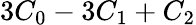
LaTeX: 3C_{0}-3C_{1}+C_{2}